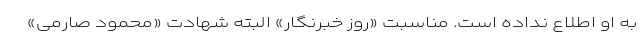
به او اطلاع نداده است. مناسبت «روز خبرنگار» البته شهادت «محمود صارمی»